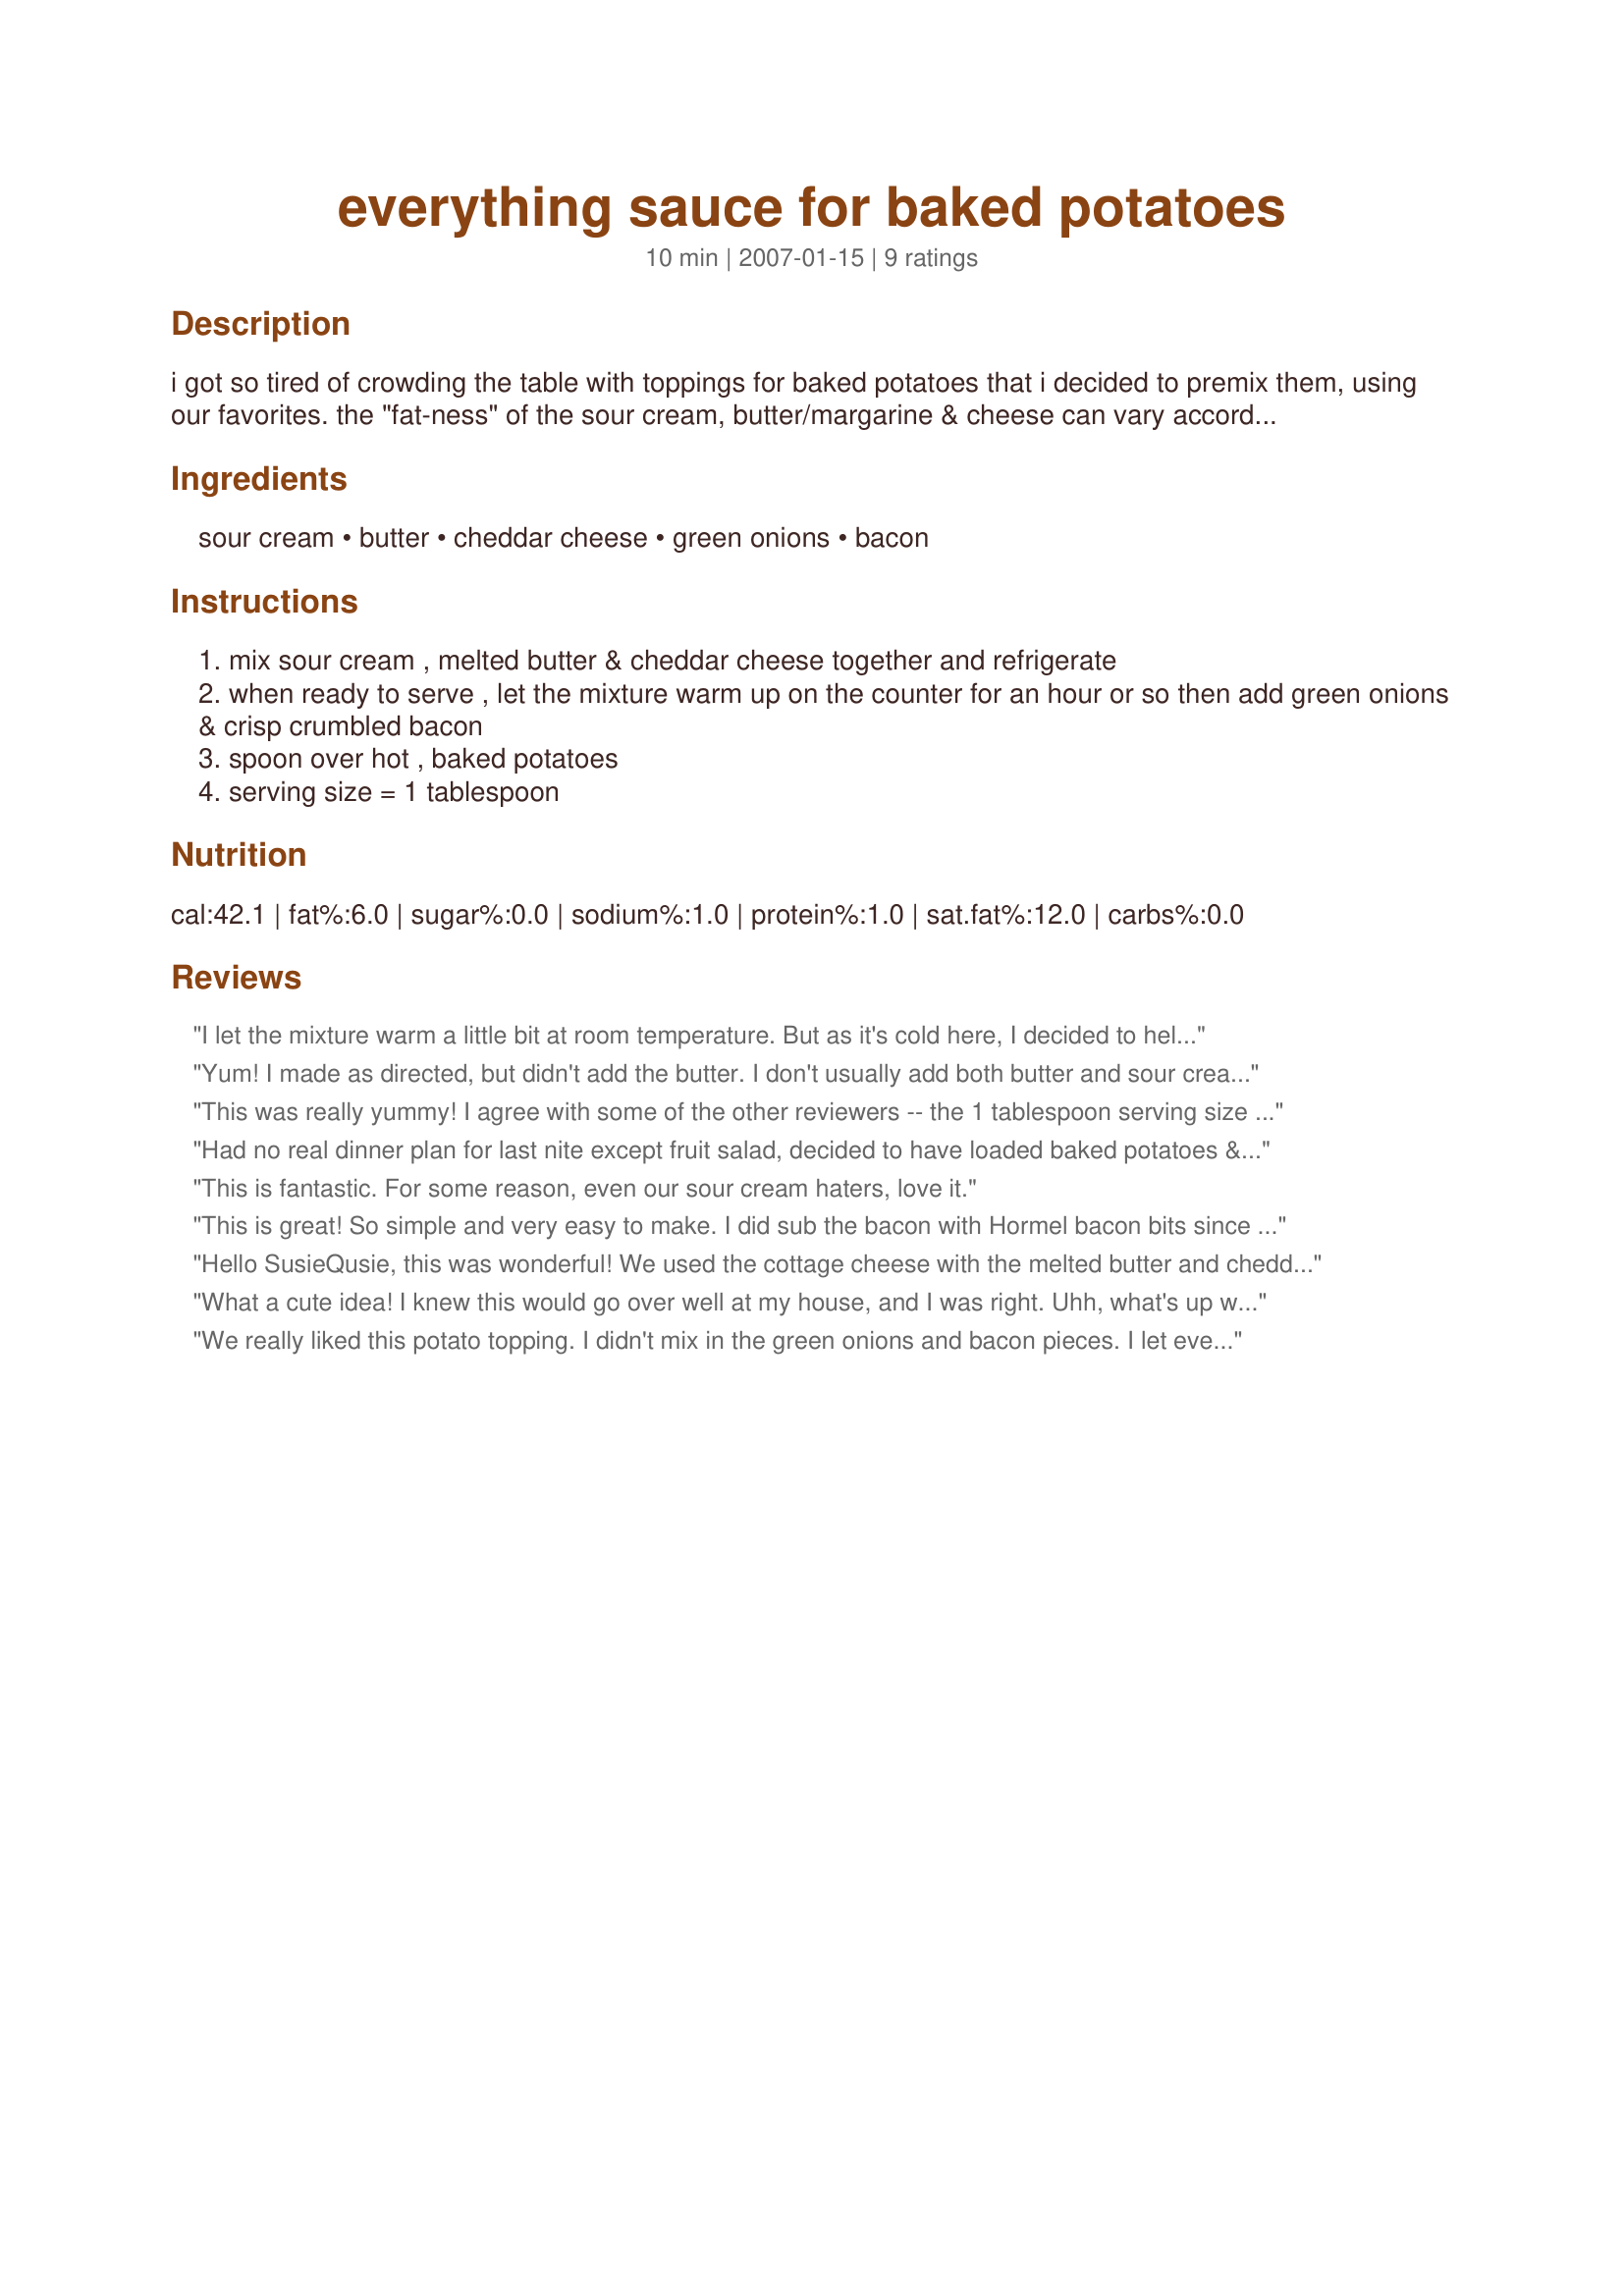
everything sauce for baked potatoes
Preparation time: 10 minutes

i got so tired of crowding the table with toppings for baked potatoes that i decided to premix them, using our favorites. the "fat-ness" of the sour cream, butter/margarine & cheese can vary according to my whim. use herbed sour cream dips to suit your fancy. this is my one-handed response to "please pass me the sour cream, butter, cheese, chives and bacon bits" while i continue eating with the other hand. ;-)

Ingredients:
sour cream, butter, cheddar cheese, green onions, bacon

Steps:
mix sour cream , melted butter & cheddar cheese together and refrigerate
when ready to serve , let the mixture warm up on the counter for an hour or so then add green onions & crisp crumbled bacon
spoon over hot , baked potatoes
serving size = 1 tablespoon

Reviews:
I let the mixture warm a little bit at room temperature. But as it's cold here, I decided to help it and put it a few seconds in the microwave. Maybe too long cause it was runny. But it was delicious spooned over the baked potatoes and topped with crispy bacon. It tasted the same thing as twice-baked potatoes. Thanks Susie :) Made for Zaar Star Game
Yum! I made as directed, but didn't add the butter. I don't usually add both butter and sour cream, lol. Really good. I agree with others - 1T is not enough! Thanks SusieQusie for a nice keeper. made for All You Can Cook Buffet special.
This was really yummy! I agree with some of the other reviewers -- the 1 tablespoon serving size is not possible in this house. ;) We smother our potatoes! I used all light ingredients and think next time I will cut down the butter to 1 tbsp because it was a little bit runny. Thanks for sharing!
Had no real dinner plan for last nite except fruit salad, decided to have loaded baked potatoes & remembered your recipe. This is definitely a required recipe for baked potato lovers + those who want to entertain efficiently. I used my trusty immersion blender to make quick work of the cottage cheese, butter & cheddar mix (& snuck a cpl drops of Tobasco in, but we cannot tell Siggi, so shhh). Then I topped the spuds w/snipped chives from my freezer & bacon later for dinner. You are kidding about the 1 tbsp serving size, right? Not gonna happen here, girlfriend. Thx for this great idea whose time had come.
This is fantastic. For some reason, even our sour cream haters, love it.
This is great! So simple and very easy to make. I did sub the bacon with Hormel bacon bits since I didn't have bacon on hand. DH said it was "the best and a great idea" We really enjoyed this, it reminded us of having a twice baked potato. Thanks so much for sharing your easy topping sauce for baked potatoes! :)
Hello SusieQusie, this was wonderful! We used the cottage cheese with the melted butter and cheddar and whipped it. Then we added the bacon and green onions, fantastic recipe but next time will make it with sour cream instead. I like the creaminess of the sour cream, even if it is low fat! Thanks for posting, Diane :=)
What a cute idea! I knew this would go over well at my house, and I was right. Uhh, what's up with the one tablespoon serving size? This stuff is just too good; you can't stop at one tablespoon!
We really liked this potato topping. I didn't mix in the green onions and bacon pieces. I let everyone add the amount they wanted. 

Thanks SusieQusie.

Bullwinkle.
